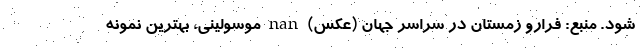
شود. منبع: فرارو زمستان در سراسر جهان (عکس) nan موسولینی، بهترین نمونه